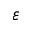
\varepsilon